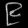
Digit: ၉